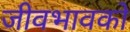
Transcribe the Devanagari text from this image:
जीवभावको